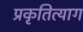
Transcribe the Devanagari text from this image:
प्रकृतित्याग